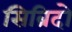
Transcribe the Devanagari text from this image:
सिब्रिदो